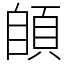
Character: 䫁